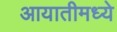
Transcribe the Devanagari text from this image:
आयातीमध्ये